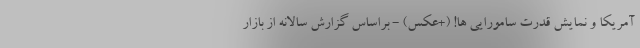
آمریکا و نمایش قدرت سامورایی ها! (+عکس) - براساس گزارش سالانه از بازار